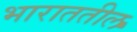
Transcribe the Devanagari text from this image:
भाराततील